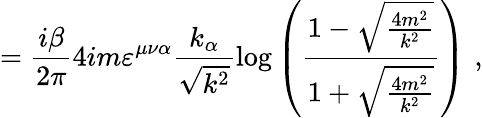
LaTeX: =\frac{i\beta}{2\pi}4im\varepsilon^{\mu\nu\alpha}\frac{k_{\alpha}}{\sqrt{k^{2}}}\log\left(\frac{1-\sqrt{\frac{4m^{2}}{k^{2}}}}{1+\sqrt{\frac{4m^{2}}{k^{2}}}}\right)\, \, ,